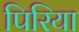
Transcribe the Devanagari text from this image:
पिरिया